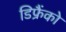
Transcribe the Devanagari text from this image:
डिफ्रैंको